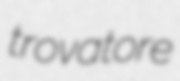
trovatore